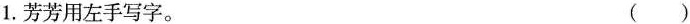
1.芳芳用左手写字。 ( )